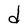
Character: d